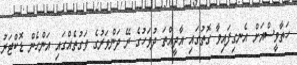
ހަތާވީސްއަށް އެނގިފައިވާ ގޮތުގައި އާދީއްތަ ދުވަހުގެ ރޭ ދަންވަރުގެ ވަގުތެއްގައި އަންހެން ޑޮކްޓަރު